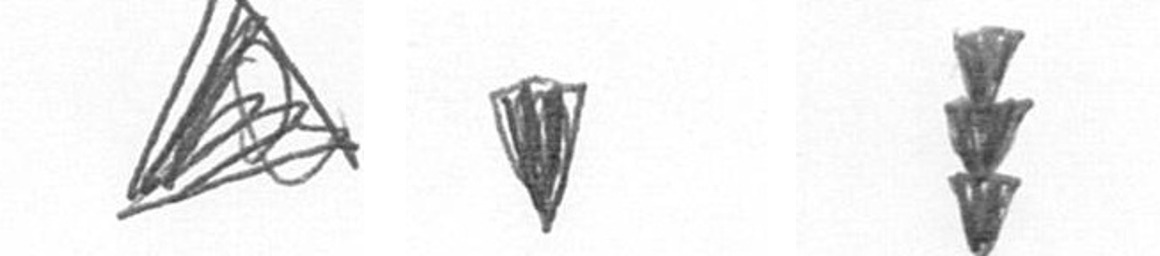
O J E